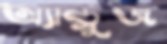
অ্যান্ড্রুজ